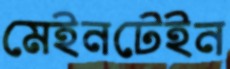
মেইনটেইন